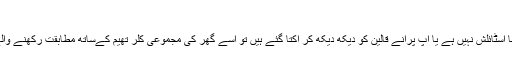
قالین کی تبدیلی
اگر آپ محسوس کرتے ہیں کہ آپ کے گھر کا موجودہ قالین اتنا اسٹائلش نہیں ہے یا آپ پرانے قالین کو دیکھ دیکھ کر اُکتا گئے ہیں تو اسے گھر کی مجموعی کلر تھیم کےساتھ مطابقت رکھنے والے ڈیزائن کے نئے قالین سے تبدیل کرکے یہ مسئلہ حل کرلیں۔